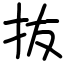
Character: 抜